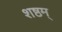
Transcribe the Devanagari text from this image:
शष्ठम्